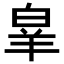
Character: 𭽗